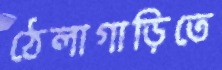
ঠেলাগাড়িতে